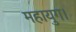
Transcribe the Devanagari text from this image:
महायुग।